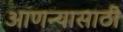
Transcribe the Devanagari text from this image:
आणन्यासाठी